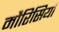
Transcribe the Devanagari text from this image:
मौरिसियो